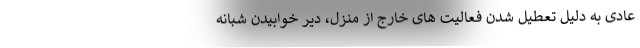
عادی به دلیل تعطیل شدن فعالیت های خارج از منزل، دیر خوابیدن شبانه